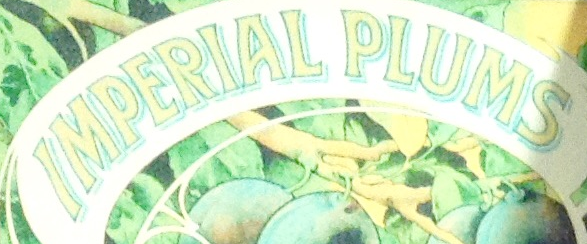
IMPERIAL PLUMS